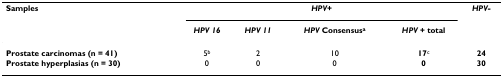
<table><thead><tr><td><b>Samples</b></td><td colspan="4"><b><i>HPV+</i></b></td><td><b><i>HPV-</i></b></td></tr><tr><td></td><td><b><i>HPV 16</i></b></td><td><b><i>HPV 11</i></b></td><td><b><i>HPV </i>Consensus<sup>a</sup></b></td><td><b><i>HPV </i>+ total</b></td><td></td></tr></thead><tbody><tr><td><b>Prostate carcinomas (n = 41)</b></td><td>5<sup>b</sup></td><td>2</td><td>10</td><td><b>17</b><sup>c</sup></td><td><b>24</b></td></tr><tr><td><b>Prostate hyperplasias (n = 30)</b></td><td>0</td><td>0</td><td>0</td><td><b>0</b></td><td><b>30</b></td></tr></tbody></table>